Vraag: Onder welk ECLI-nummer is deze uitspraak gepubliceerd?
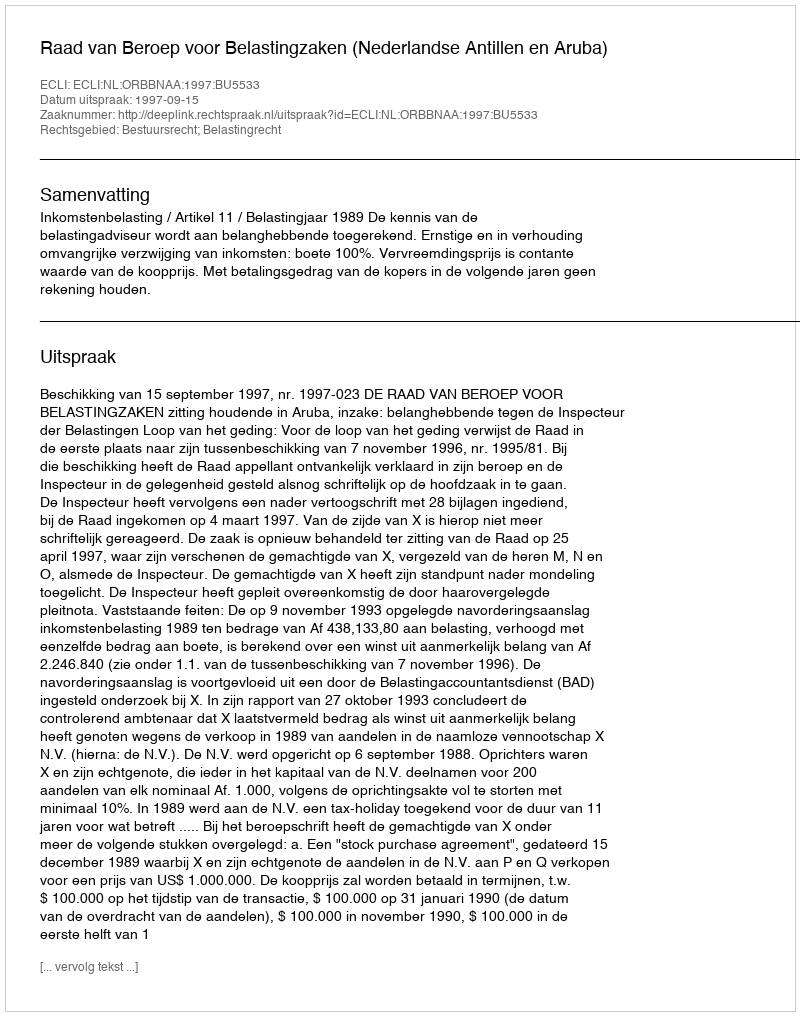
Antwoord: ECLI:NL:ORBBNAA:1997:BU5533